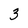
Character: 3